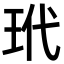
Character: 玳